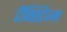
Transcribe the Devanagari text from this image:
टैक्स्टिज्म